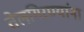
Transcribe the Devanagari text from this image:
तेलगिरण्यांना